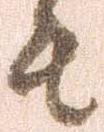
者